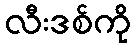
လီးဒစ်ကို